65_HS1-834228961_62-HQ-83894_SUB_A
Agency: FBI
Page 123
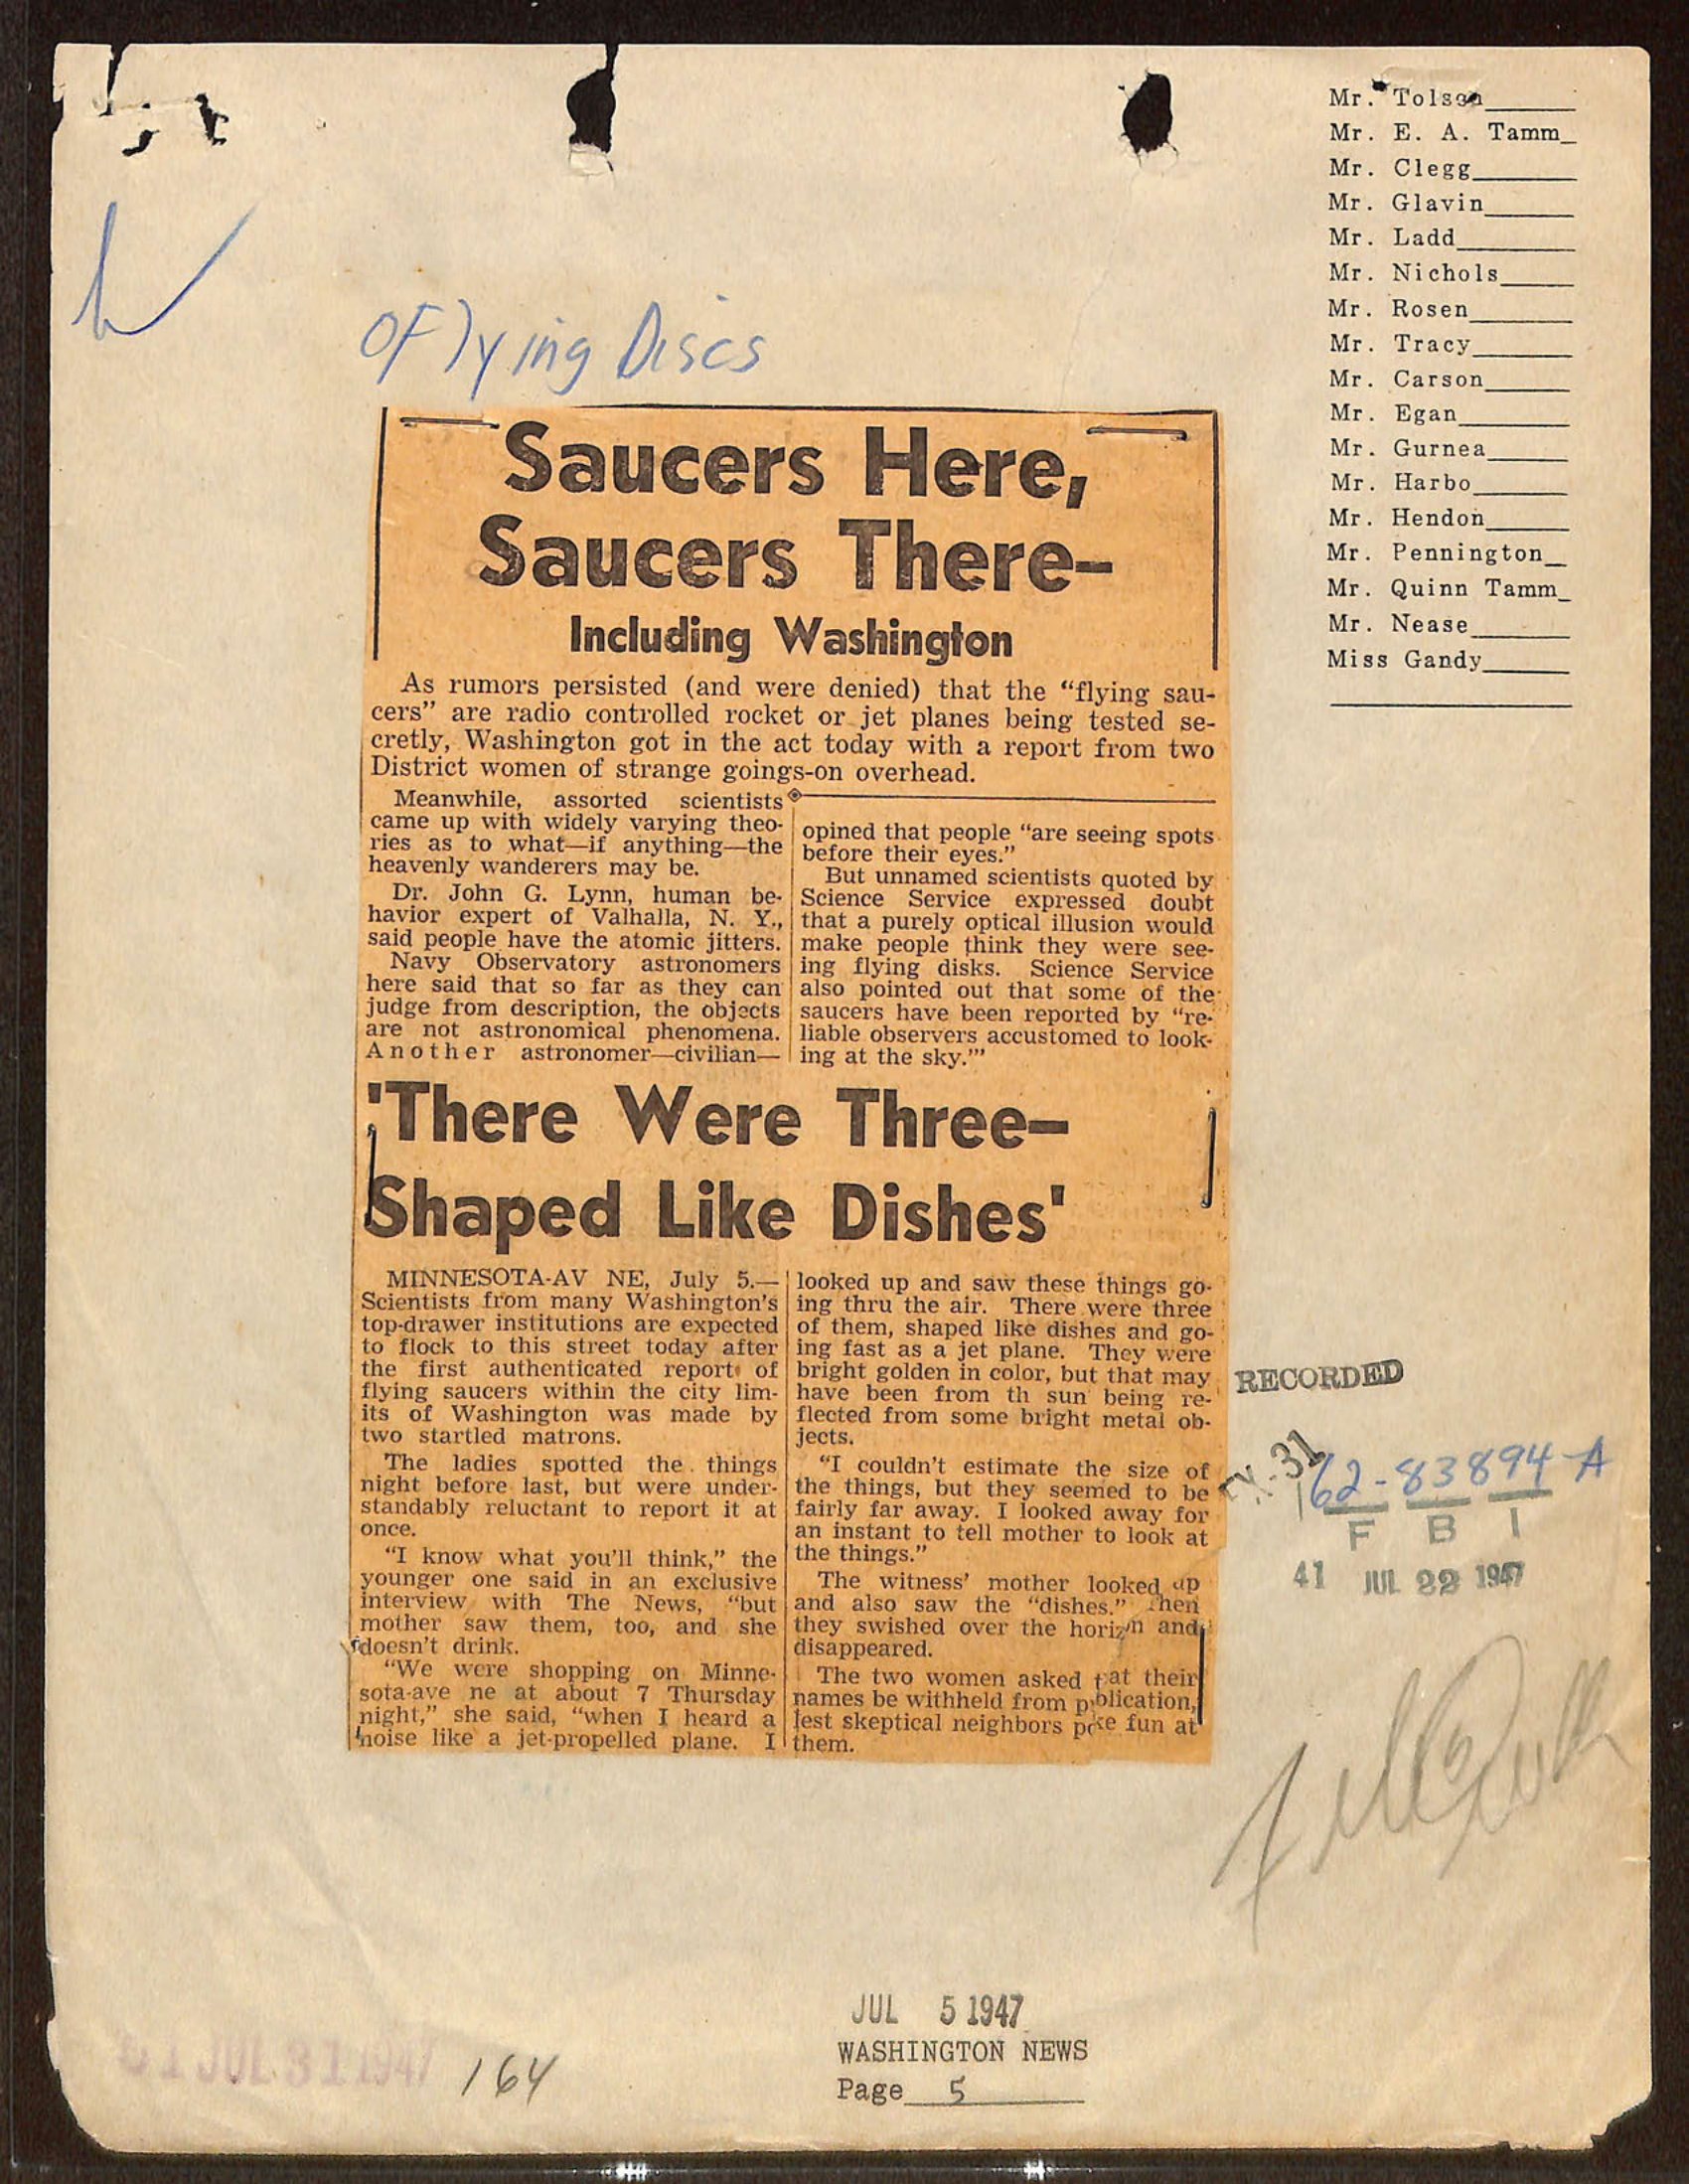